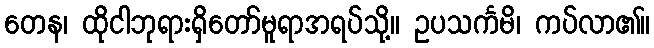
တေန၊ ထိုငါဘုရားရှိတော်မူရာအရပ်သို့။ ဥပသင်္ကမိ၊ ကပ်လာ၏။